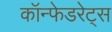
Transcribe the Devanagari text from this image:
कॉन्फेडरेट्स